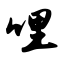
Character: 哩